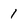
Character: 1